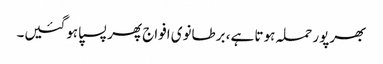
بھرپور حملہ ہوتا ہے، برطانوی افواج پھر پسپا ہوگئیں۔